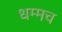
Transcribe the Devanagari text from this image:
धम्मच